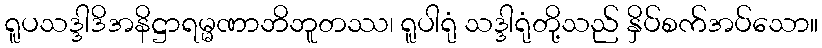
ရူပသဒ္ဒါဒိအနိဋ္ဌာရမ္မဏာဘိဘူတဿ၊ ရူပါရုံ သဒ္ဒါရုံတို့သည် နှိပ်စက်အပ်သော။